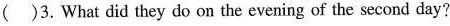
()3. What did they do on the evening of the second day?